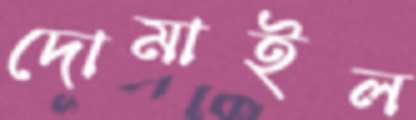
দোমাইল